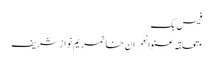
فیس بک
متعلقہ عنوانعمران خانمریم نواز شریف